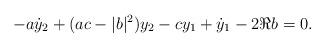
LaTeX: \begin{align*}-a\dot{y}_2+(ac-|b|^2)y_2-cy_1+\dot{y}_1-2\Re b=0.\end{align*}